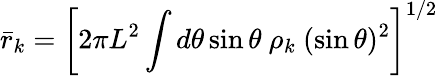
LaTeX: {\bar{r}_{k}}=\left[2\pi L^{2}\int d\theta\sin{\theta}\ \rho_{k}\ (\sin\theta)^{2}\right]^{1/2}